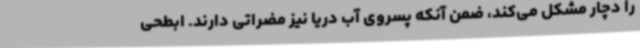
را دچار مشکل می‌کند، ضمن آنکه پسروی آب دریا نیز مضراتی دارند. ابطحی